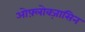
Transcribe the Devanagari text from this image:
ओफ़्लोक्ज़ासिन